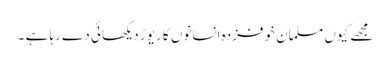
مجھے کیوں مسلمان خوفزدہ انسانوں کا ریوڑ دیکھائی دے رہا ہے ۔